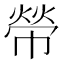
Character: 𢄋